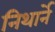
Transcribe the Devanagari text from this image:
निथार्ने